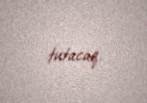
tutacaq.